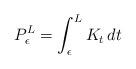
LaTeX: \begin{align*} P_\epsilon^L = \int_\epsilon^L K_t \, dt\end{align*}